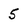
Character: 5